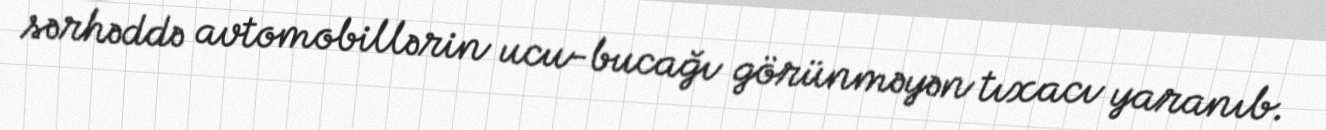
sərhəddə avtomobillərin ucu-bucağı görünməyən tıxacı yaranıb.